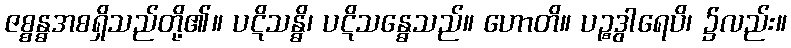
ဇစ္စန္ဓအစရှိသည်တို့၏။ ပဋိသန္ဓိ၊ ပဋိသန္ဓေသည်။ ဟောတိ။ ပဉ္စဒွါရေပိ၊ ၌လည်း။